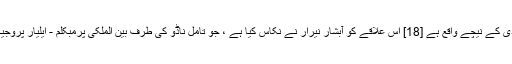
پیرویر بیسن میں تامل ناڈو سے وابستہ علاقہ ملاپیریار ڈیم سائٹ سے ندی کے نیچے واقع ہے [18] اس علاقے کو آبشار نیرار نے نکاس کیا ہے ، جو تامل ناڈو کی طرف بین الملکی پرمبکلم - ایلیار پروجیکٹ (پی اے پی) معاہدے کے ایک حصے کے طور پر موڑ دیا گیا ہے۔